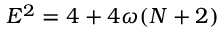
E ^ { 2 } = 4 + 4 \omega ( N + 2 )